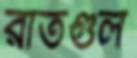
রাতগুল